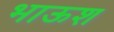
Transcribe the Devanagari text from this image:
भाऊश